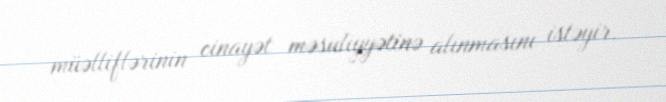
müəlliflərinin cinayət məsuliyyətinə alınmasını istəyir.